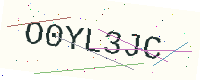
Text: O0YL3JC